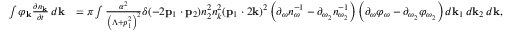
\begin{array} { r l } { \int \varphi _ { \bf k } \frac { \partial n _ { \bf k } } { \partial t } \, d { \bf k } } & { = \pi \int \frac { \alpha ^ { 2 } } { \left( \Lambda + p _ { 1 } ^ { 2 } \right) ^ { 2 } } \delta ( - 2 { \bf p } _ { 1 } \cdot { \bf p } _ { 2 } ) n _ { 2 } ^ { 2 } n _ { k } ^ { 2 } ( { \bf p } _ { 1 } \cdot 2 { \bf k } ) ^ { 2 } \left( \partial _ { \omega } n _ { \omega } ^ { - 1 } - \partial _ { \omega _ { 2 } } n _ { \omega _ { 2 } } ^ { - 1 } \right) \left( \partial _ { \omega } \varphi _ { \omega } - \partial _ { \omega _ { 2 } } \varphi _ { \omega _ { 2 } } \right) d { \bf k } _ { 1 } \, d { \bf k } _ { 2 } \, d { \bf k } , } \end{array}